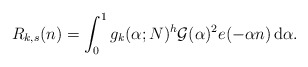
\begin{align*}R_{k,s}(n)=\int_0^1 g_k(\alpha;N)^h\mathcal G(\alpha)^2e(-\alpha n)\, {\rm d}\alpha. \end{align*}